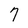
Character: 7